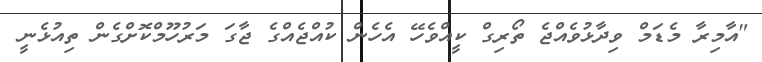
"އާމިރާ މެޑަމް ވިދާޅުވެއްޖެ ތޯރިގް ކީއްވެހޭ އެހެން ކުއްޖެއްގެ ޖާގަ މަރުހޫމްކޮށްގެން ތިއުޅެނީ